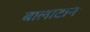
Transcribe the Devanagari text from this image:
बालाटान